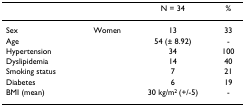
<table><thead><tr><td></td><td></td><td><b>N = 34</b></td><td><b>%</b></td></tr></thead><tbody><tr><td>Sex</td><td>Women</td><td>13</td><td>33</td></tr><tr><td>Age</td><td></td><td>54 (± 8.92)</td><td>-</td></tr><tr><td>Hypertension</td><td></td><td>34</td><td>100</td></tr><tr><td>Dyslipidemia</td><td></td><td>14</td><td>40</td></tr><tr><td>Smoking status</td><td></td><td>7</td><td>21</td></tr><tr><td>Diabetes</td><td></td><td>6</td><td>19</td></tr><tr><td>BMI (mean)</td><td></td><td>30 kg/m<sup>2 </sup>(+/-5)</td><td>-</td></tr></tbody></table>